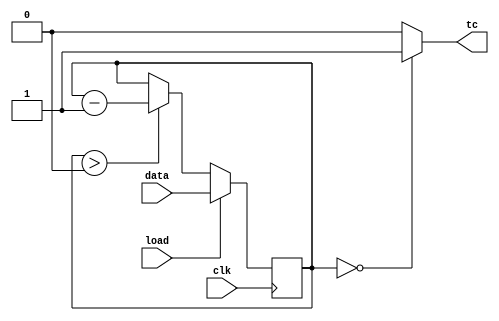
module top_module(
	input clk, 
	input load, 
	input [9:0] data, 
	output tc
);

    reg [9:0] counter;

    always @(posedge clk) begin
        if (load)
            counter <= data; // Load the counter with data
        else if (counter > 0)
            counter <= counter - 1; 
    end

    // Output signal terminal count
    always @(*) begin
        if (counter == 0)
            tc = 1; // Counter has reached 0
        else
            tc = 0; // Counter has not reached 0
    end
    
endmodule